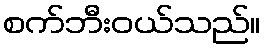
စက်ဘီးဝယ်သည်။